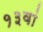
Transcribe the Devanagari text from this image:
१३वां